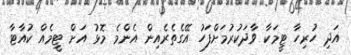
އަދި ހުރިހާ ޓީމަކާ ވާދަކުރުމަށްފަހު އޭގެތެރެއިން އެންމެ މޮޅު އަށް ޓީމެއް ކުއާޓާ